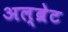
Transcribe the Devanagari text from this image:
अल्ब्रेट